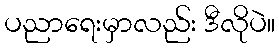
ပညာရေးမှာလည်း ဒီလိုပဲ။